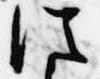
従